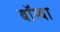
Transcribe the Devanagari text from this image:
बॉम्बा